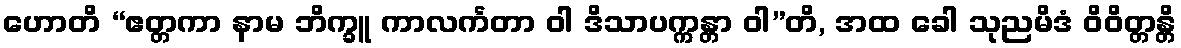
ဟောတိ “ဧတ္တကာ နာမ ဘိက္ခူ ကာလင်္ကတာ ဝါ ဒိသာပက္ကန္တာ ဝါ”တိ, အထ ခေါ သုညမိဒံ ဝိဝိတ္တန္တိ